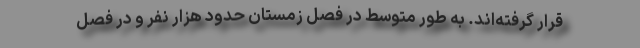
قرار گرفته‌اند. به طور متوسط در فصل زمستان حدود هزار نفر و در فصل